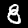
Digit: 8